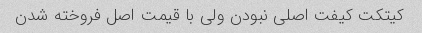
کیتکت کیفت اصلی نبودن ولی با قیمت اصل فروخته شدن